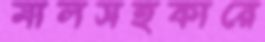
মালসহকারে